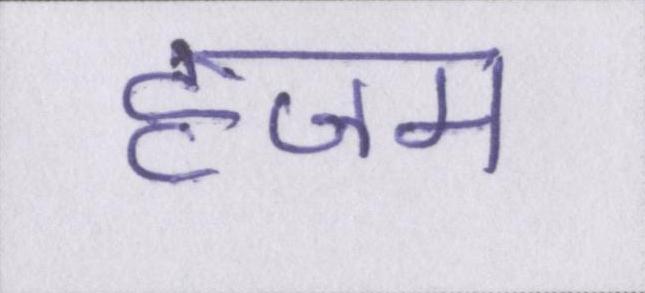
हजम